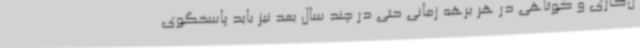
ل‌کاری و کوتاهی در هر برهه زمانی حتی در چند سال بعد نیز باید پاسخگوی